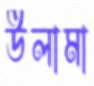
উলামা